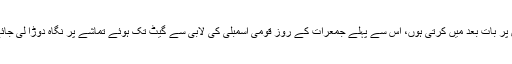
اس پر بات بعد میں کرتی ہوں، اس سے پہلے جمعرات کے روز قومی اسمبلی کی لابی سے گیٹ تک ہوئے تماشے پر نگاہ دوڑا لی جائے۔